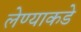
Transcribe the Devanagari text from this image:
लेण्याकडे